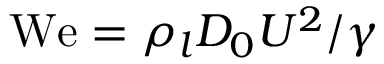
\mathrm { W e } = \rho _ { l } D _ { 0 } U ^ { 2 } / \gamma